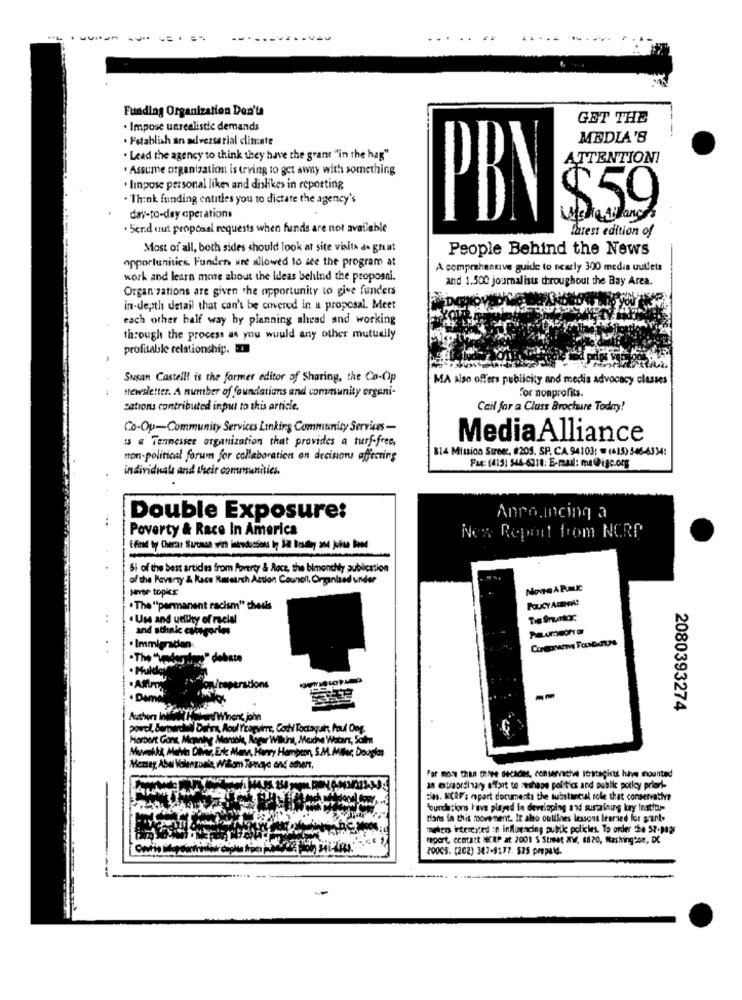
Funding Organization Don'ta
GET THE
·Impose unrealistic demands
. Fstablish an adversarial climate
MEDIA'S
. Lead the agency to think they have the grant "in the hag"
ATTENTION!
. Assume organization is trying to get away with something
. linpose personal likes and dislikes in reporting
· Think funding entitles you to dictate the agency's
$59
day-to-day operations
PBN
Ser.d uut proposal requests when funds are not available
latest edition of
Most of all, both sides should look at site visits a great
People Behind the News
opportunities. Funden ure allowed to see the program at
A comprehensive guide to nearly 300 media uutlets
work and learn more about the ideas behind the proposal.
and 1.500 journalists throughout the Bay Area.
Organ zations are given the opportunity to give funders
in-depth detail that can't be covered in a proposal. Meet
each other half way by planning ahead and working
through the process as you would any other mutually
profitable relationship.
Susan Castellt is the former editor of Sharing, the Co-Op
MA Also offers publicity and media advocacy classes
newsletter. A number of foundations and community organi-
For nonprofits.
sations contributed input to this article.
Cail for a Cluss Brochure Today!
Co-Op-Community Services Linking Community Services-
13 & Tennessee organization that provides a turf-free,
MediaAlliance
814 Mitica Streer, #205. SP. CA.94103: = (415) 546-6334:
non-political forum for collaboration on decisions affecting
individuals and their communities.
Fax: (415) 546-6210: E-mail: ma@igc.org
...
Double Exposure:
Announcing a
Poverty & Race In America
Now Report from NCRP
-
51 of the best articles from Poverty & Rocz, the bimonthly publication
of the Poverty & Kace Research Action Council, Organised under
Hever topics
POUCY AGORA!
. The "permanent racism" ched's
..
. Use and utility of racial
Tis Snurk:
and sthak cuiagories
Curaprarm Fastunos
. Immigracian.
. Mulday
-
oniroperations
· Dame
2080393274
Authors Inil
HWin/ Winant john
Bernardis Dehra, Aoul Tragvint, Coch Toctaquir, Poul Ong.
Harbert Gant, Mapnl
Mannen Marble, Aspar Wilkins, Meche Watarz, Som
Muwohki, Melvin Dilier, Erke Mane, Harry Hampton, S.M. Miller, Douglas
Mersey Abel Valenzuela, Willom Tamayo and others,
For more than three decades, conservative strategicts have mounted
an extraordinary effort to meshape politics and public policy priori-
cias. WCRF'; opart documents the substantul role that conservathe
foundations have played le developing and surtaining lory institu-
tions in this movement. It also outlines lessons learned for gant.
treten intercyted :n influencing public policies. To order 2. 57-9021
report, contact NEEP at 2001 S Stret aV, 18 20, Maskingese, DC
200G5. (202) 387-9177. 525 prepaid.
--